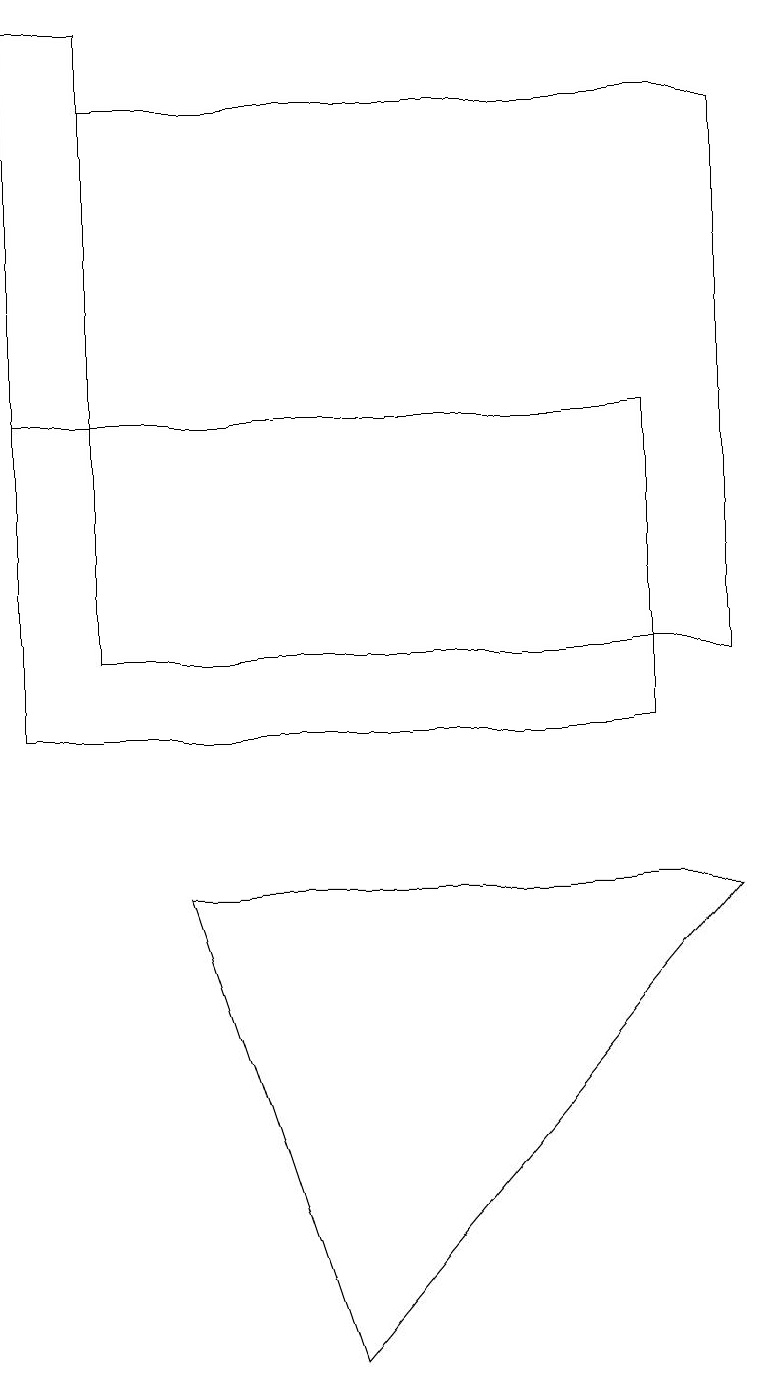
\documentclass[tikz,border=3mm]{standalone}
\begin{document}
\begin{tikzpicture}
\draw (0,19) rectangle (1,14);
\draw (2,8) -- (4,2) -- (9,8) -- cycle;
\draw (0,10) rectangle (8,14);
\draw (9,18) rectangle (1,11);
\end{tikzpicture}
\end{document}